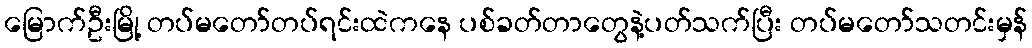
မြောက်ဦးမြို့ တပ်မတော်တပ်ရင်းထဲကနေ ပစ်ခတ်တာတွေနဲ့ပတ်သက်ပြီး တပ်မတော်သတင်းမှန်